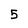
Character: 5